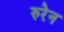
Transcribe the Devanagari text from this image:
रुरेन